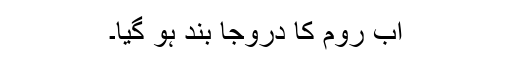
اَب رُوم کا دروجا بند ہو گیا۔